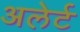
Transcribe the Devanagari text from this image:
अलेर्ट